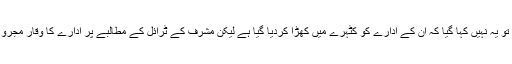
منصورالحق کو سزا ہوئی تو یہ نہیں کہا گیا کہ ان کے ادارے کو کٹہرے میں کھڑا کردیا گیا ہے لیکن مشرف کے ٹرائل کے مطالبے پر ادارے کا وقار مجروح ہونے کی دلیل دی گئی۔